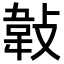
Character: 𢾁